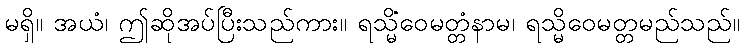
မရှိ။ အယံ၊ ဤဆိုအပ်ပြီးသည်ကား။ ရသ္မိံဝေမတ္တံနာမ၊ ရသ္မိဝေမတ္တမည်သည်။